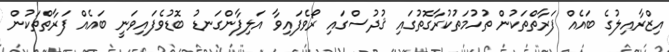
އިޒްރާއިލުގެ ބައެއް ފަރާތްތަކުން ތުހުމަތުކުރާގޮތުގައި ޤުދުސްގައި ރޯވެފައިވާ އަލިފާންގަނޑު ބޮޑުވެފައިވަނީ ބައެއް ފަރާތްތަކުން